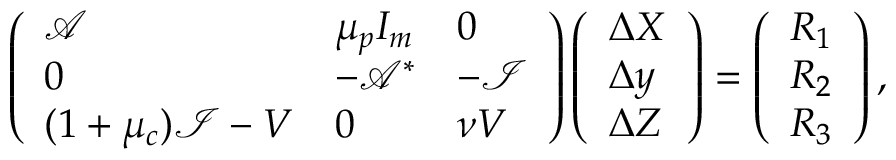
\left( \begin{array} { l l l } { \mathcal { A } } & { \mu _ { p } I _ { m } } & { 0 } \\ { 0 } & { - \mathcal { A } ^ { * } } & { - \mathcal { I } } \\ { ( 1 + \mu _ { c } ) \mathcal { I } - V } & { 0 } & { { \nu } V } \end{array} \right) \left( \begin{array} { l } { \Delta X } \\ { \Delta y } \\ { \Delta Z } \end{array} \right) = \left( \begin{array} { l } { R _ { 1 } } \\ { R _ { 2 } } \\ { R _ { 3 } } \end{array} \right) ,